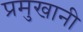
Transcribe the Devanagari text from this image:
प्रमुखानी